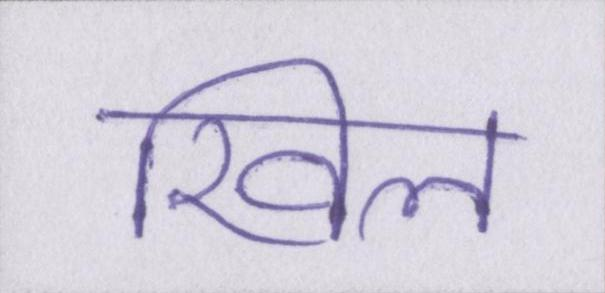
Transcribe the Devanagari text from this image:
खिल